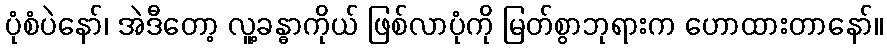
ပုံစံပဲနော်၊ အဲဒီတော့ လူ့ခန္ဓာကိုယ် ဖြစ်လာပုံကို မြတ်စွာဘုရားက ဟောထားတာနော်။